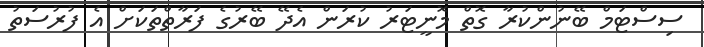
ސިސްޓަމް ބޭނުންކުރާ ގޮތް މޮނީޓަރު ކުރަން އެދޭ ބޭރުގެ ފަރާތްތަކަށް އެ ފުރުސަތު